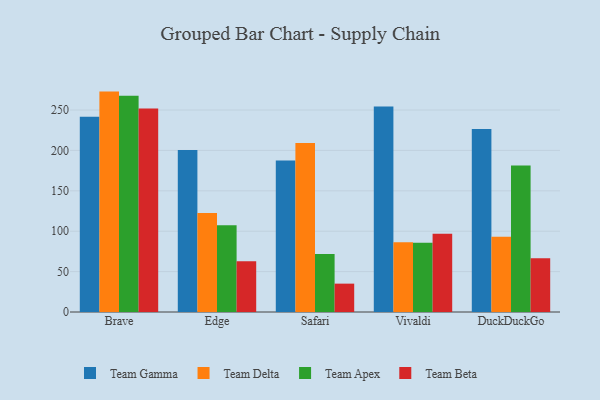
{"axis": {"x": "Browser", "y": "Headcount"}, "legend": ["Team Apex", "Team Beta", "Team Delta", "Team Gamma"], "data": [{"x": "Brave", "y": 241.6, "type": "Team Gamma"}, {"x": "Brave", "y": 272.8, "type": "Team Delta"}, {"x": "Brave", "y": 267.7, "type": "Team Apex"}, {"x": "Brave", "y": 251.8, "type": "Team Beta"}, {"x": "Edge", "y": 200.6, "type": "Team Gamma"}, {"x": "Edge", "y": 122.4, "type": "Team Delta"}, {"x": "Edge", "y": 107.5, "type": "Team Apex"}, {"x": "Edge", "y": 62.8, "type": "Team Beta"}, {"x": "Safari", "y": 187.5, "type": "Team Gamma"}, {"x": "Safari", "y": 209.3, "type": "Team Delta"}, {"x": "Safari", "y": 71.7, "type": "Team Apex"}, {"x": "Safari", "y": 35.1, "type": "Team Beta"}, {"x": "Vivaldi", "y": 254.4, "type": "Team Gamma"}, {"x": "Vivaldi", "y": 86.3, "type": "Team Delta"}, {"x": "Vivaldi", "y": 85.7, "type": "Team Apex"}, {"x": "Vivaldi", "y": 96.7, "type": "Team Beta"}, {"x": "DuckDuckGo", "y": 226.5, "type": "Team Gamma"}, {"x": "DuckDuckGo", "y": 93.0, "type": "Team Delta"}, {"x": "DuckDuckGo", "y": 181.3, "type": "Team Apex"}, {"x": "DuckDuckGo", "y": 66.5, "type": "Team Beta"}]}